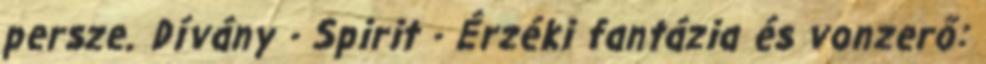
persze. Dívány - Spirit - Érzéki fantázia és vonzerő: